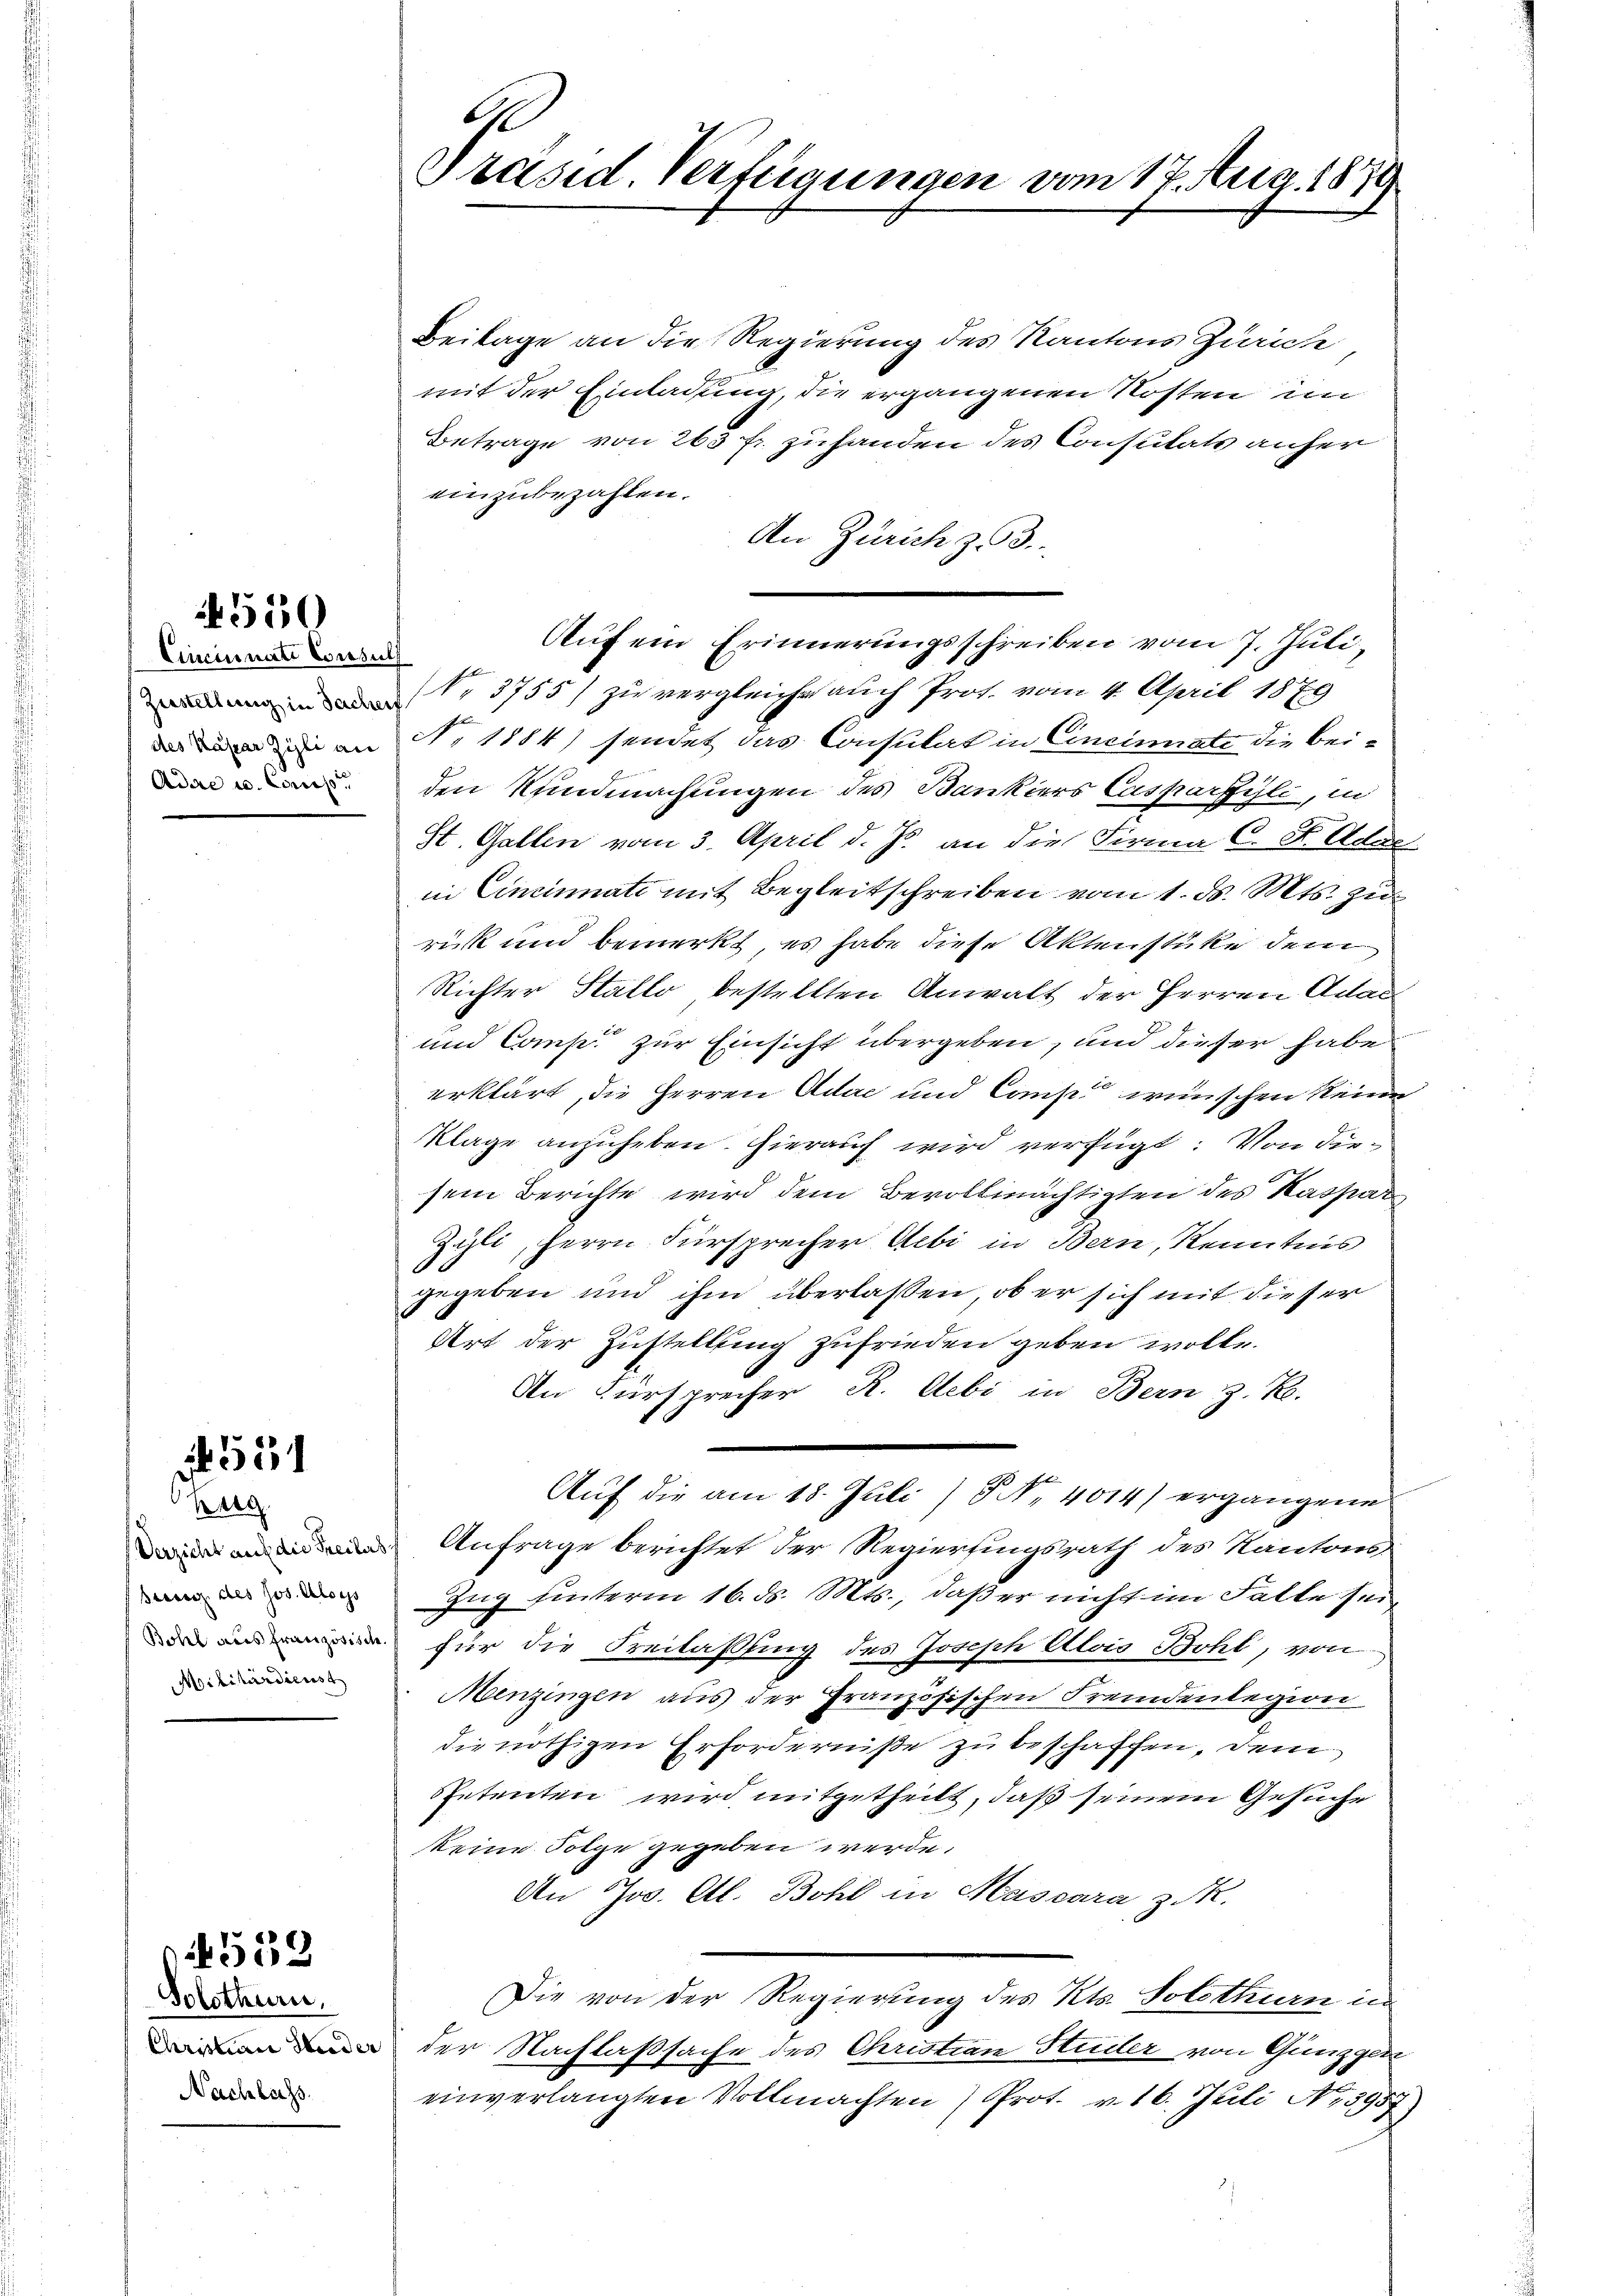
Cincinati Consul
Adee u. Comis

550

551

Werg
Militärdienst

Solothurn,
Nachlass.

1539

A
Präsid. Vertigungen vom 17. Aug. 1870.

Beilage an die Regierung des Kantons Zürich
mit der Einladung, die ergangenen Kosten im
Betrage von 263 fr. zuhanden des Consulats anher
einzubezahlen.
An Zürich z. 3.
Aufein Erinnerungsschreiben vom 7. Juli,
Nr 3755/ zu vergleiche auch Prof. vom 4. April 1879
 an Nr. 1884) sendet das Consulat in Cinciniste die bei-
den Kundmachungen des Bankiers Caspartili, in
St. Gallen vom 3. April d. Js. an die Firma C. St. Aca
in Cincinati mit Begleitschreiben vom 1. ds. Mts. zu
rück und bemerkt, es habe diese Aktenstüke dem
Richter Stallo bestellten Anwalt der Herren Adam
.
und Comp. zur Einsicht übergeben, und dieser habe
erklärt, die Herren Adac und Camp wünschen keine
Klage anzuheben. Hierauf wird verfügt: Von diesem Berichte wird dem Bevollmächtigten des Kaspar
Zyli, Herrn Fürsprecher Gebi in Bern, Kenntnis
gegeben und ihm überlassen, ob er sich mit dieser
Art der Zustellung zufrieden geben wolle.
An Fürsprecher R. Aebi in Bern z. B.
Auf die am 18. Juli 15 No 4014) ergangene
Anfrage berichtet der Regierungsrath des Kantons-
s Zug hinterm 16. d. Mts., daß er nicht im Falle sei
 für die Beilaßung des Joseph Alois Bohl, von
Menzingen aus der Französischen Fremdenlegion
die nöthigen Erforderniße zu beschaffen, dem
spetenten wird mitgetheilt, daß seinem Gesuche
keine Folge gegeben werde.
An Jos. Al. Bohl in Mascara z.
Die von der Regierung des Kts. Solothurn in
 der Nachlaßsache des Christian Studer von Günzgen
einverlangten Vollmachten Prot. v. 16. Juli No 3957